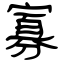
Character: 寡